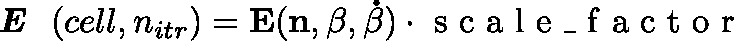
\textit { \textbf { E } } ( c e l l , n _ { i t r } ) = \mathbf { E } ( \mathbf { n } , \mathbf { \beta } , \mathbf { \dot { \beta } } ) \cdot \mathrm { ~ s ~ c ~ a ~ l ~ e ~ \_ ~ f ~ a ~ c ~ t ~ o ~ r ~ }